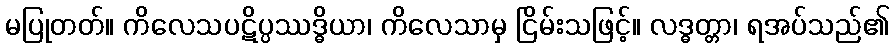
မပြုတတ်။ ကိလေသပဋိပ္ပဿဒ္ဓိယာ၊ ကိလေသာမှ ငြိမ်းသဖြင့်။ လဒ္ဓတ္တာ၊ ရအပ်သည်၏